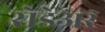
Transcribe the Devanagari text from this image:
रोडेअर